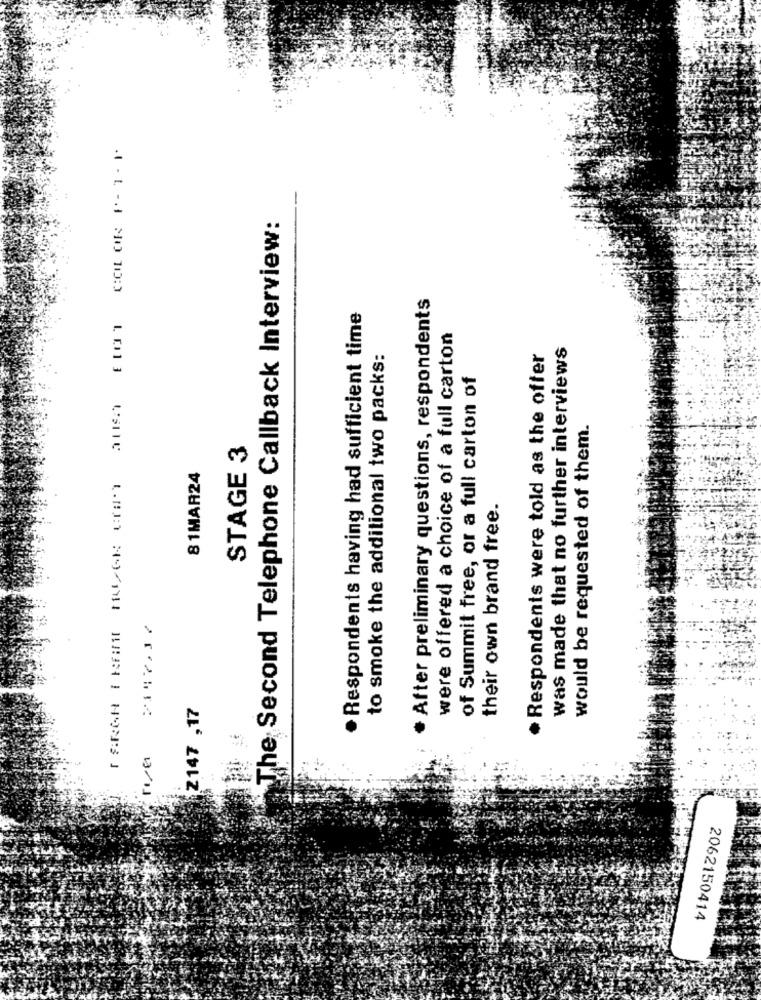
COLOR ⑈- 1- 1
The Second Telephone Callback Interview:
* After preliminary questions, respondents
· Respondents having had sufficient time
were offered a choice of a full carton
was made that no further interviews
to smoke the additional two packs:
Respondents were told as the offer
of Summit free, or a full carton of
would be requested of them.
STAGE 3
81MAR24
their own brand free.
Z147 ,17
2062150414